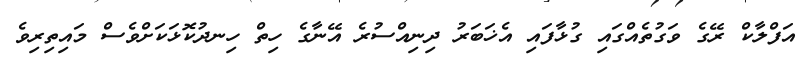
އަފްލާކް ރޭގެ ވަގުތެއްގައި ގުޅާފައި އެޚަބަރު ދިނިއްސުރެ އޭނާގެ ހިތް ހިނދުކޮޅަކަށްވެސް މައިތިރިވެ